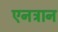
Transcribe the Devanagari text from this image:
एनट्रान